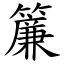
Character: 簾